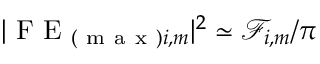
| \mathrm { ~ F ~ E ~ } _ { ( \mathrm { ~ m ~ a ~ x ~ } ) i , m } | ^ { 2 } \simeq \mathcal { F } _ { i , m } / \pi